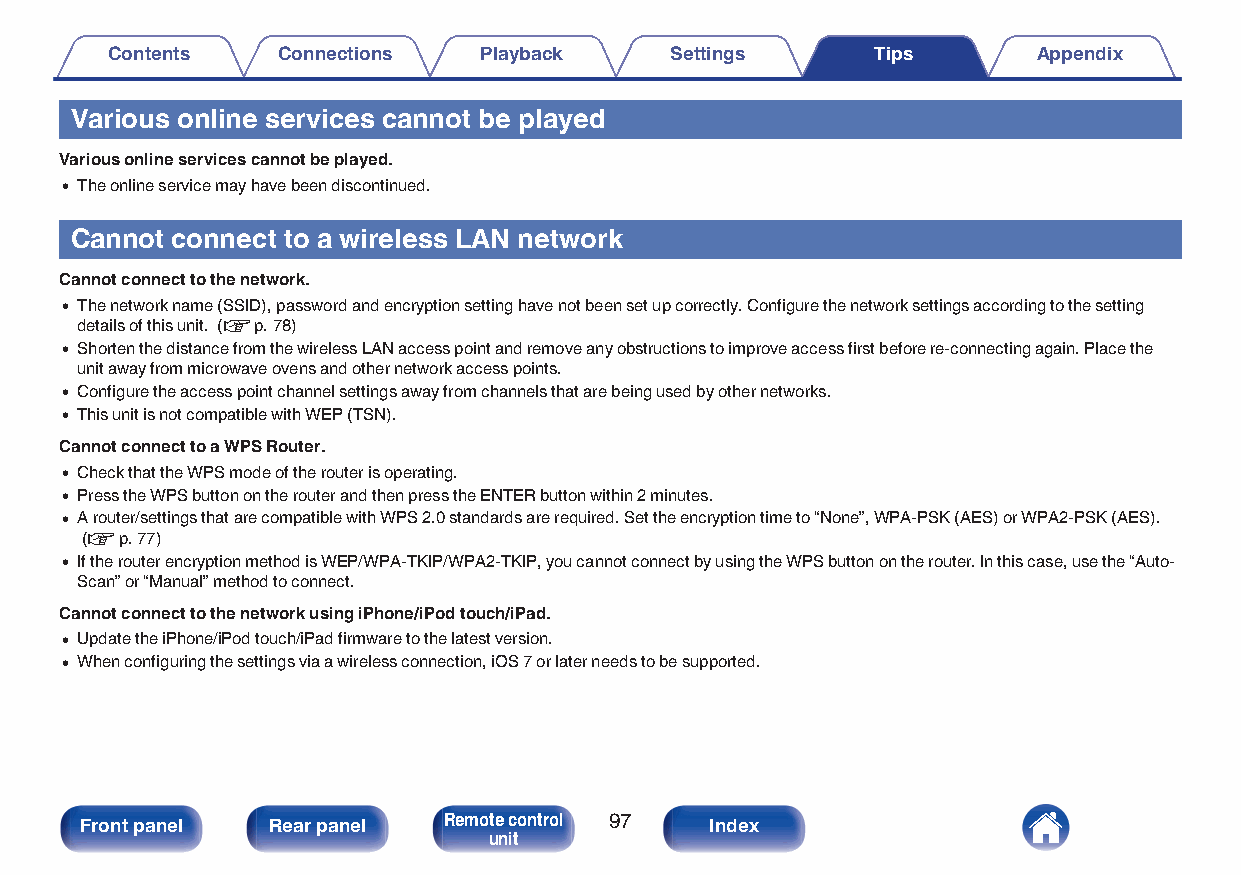
Contents   Connections   Playback    Settings      Tips       Appendix
 Various online services cannot be played
 Various online services cannot be played.
 0 The online service may have been discontinued.
 Cannot connect to a wireless LAN network
 Cannot connect to the network.
 0 The network name (SSID), password and encryption setting have not been set up correctly. Configure the network settings according to the setting
 details of this unit. (v p. 78)
 0 Shorten the distance from the wireless LAN access point and remove any obstructions to improve access first before re-connecting again. Place the
 unit away from microwave ovens and other network access points.
 0 Configure the access point channel settings away from channels that are being used by other networks.
 0 This unit is not compatible with WEP (TSN).
 Cannot connect to a WPS Router.
 0 Check that the WPS mode of the router is operating.
 0 Press the WPS button on the router and then press the ENTER button within 2 minutes.
 0 A router/settings that are compatible with WPS 2.0 standards are required. Set the encryption time to “None”, WPA-PSK (AES) or WPA2-PSK (AES).
 (v p. 77)
 0 If the router encryption method is WEP/WPA-TKIP/WPA2-TKIP, you cannot connect by using the WPS button on the router. In this case, use the “Auto-
 Scan” or “Manual” method to connect.
 Cannot connect to the network using iPhone/iPod touch/iPad.
 0 Update the iPhone/iPod touch/iPad firmware to the latest version.
 0 When configuring the settings via a wireless connection, iOS 7 or later needs to be supported.
 Front panel  Rear panel Remote control 97 Index
 unit